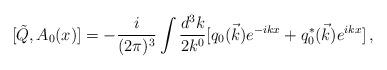
LaTeX: \begin{align*}[ \tilde{Q}, A_0(x)] = - \frac{i}{(2 \pi)^3} \int \frac{d^3 k}{2 k^0} [ q_0(\vec{k}) e^{-ikx} + q_0^*(\vec{k}) e^{ikx} ] \, ,\end{align*}